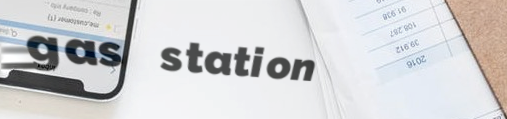
gas station